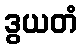
ဒွယတံ